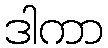
ဒါကာ